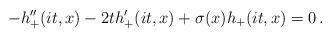
LaTeX: \begin{align*}-h_+^{\prime\prime}(it,x)-2th_+^{\prime}(it,x)+\sigma(x)h_+(it,x)=0\, .\end{align*}